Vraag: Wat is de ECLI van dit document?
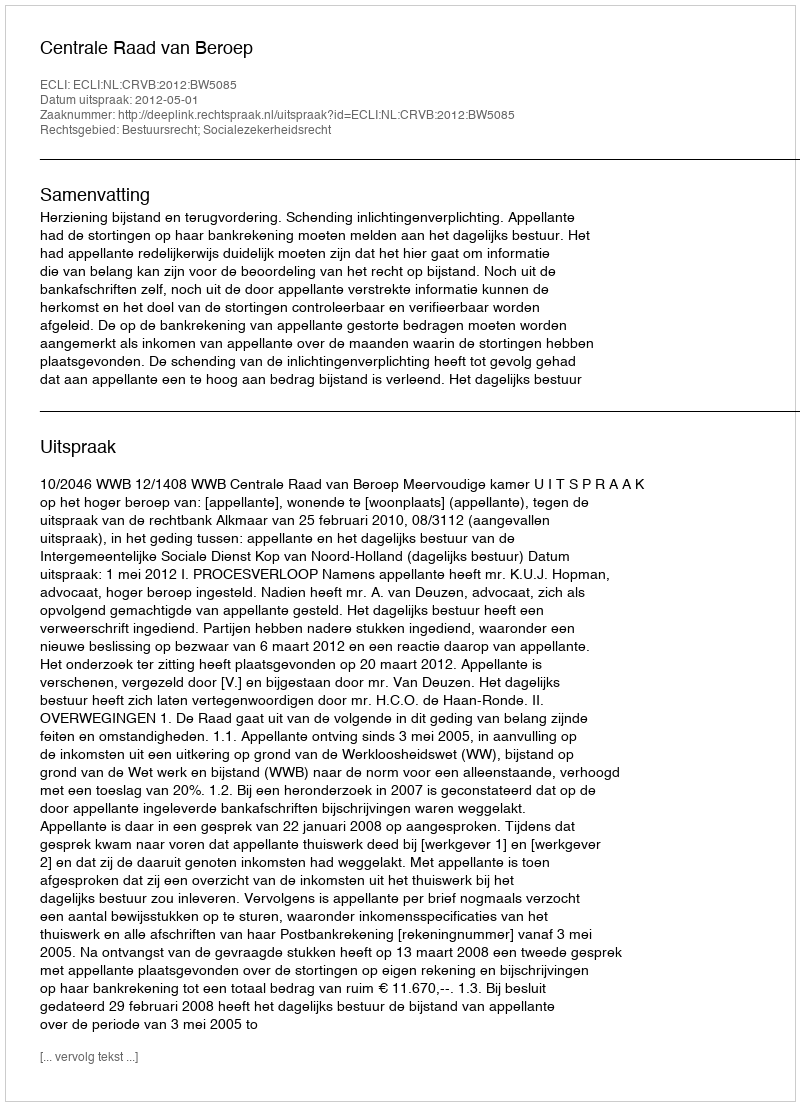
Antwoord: ECLI:NL:CRVB:2012:BW5085